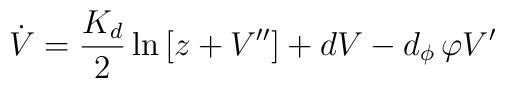
\dot{V}=\frac{K_{d}}{2}\ln \left[ z+V^{\prime \prime }\right] +dV-d_{\phi}\,\varphi V^{\prime }